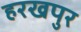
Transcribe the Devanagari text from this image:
हरखपुर